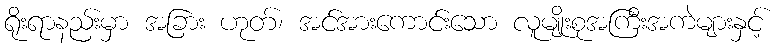
ရိုးရာနည်းမှာ အခြား ဟုတ်၊ အင်အားကောင်းသော လူမျိုးစုအကြီးအကဲများနှင့်